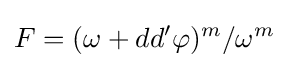
F=(\omega +dd'\varphi )^{m}/\omega ^{m}